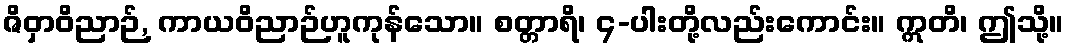
ဇိဝှာဝိညာဉ်, ကာယဝိညာဉ်ဟူကုန်သော။ စတ္တာရိ၊ ၄-ပါးတို့လည်းကောင်း။ ဣတိ၊ ဤသို့။